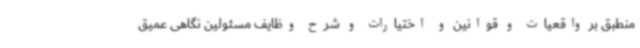
منطبق بر واقعیات و قوانین و اختیارات و شرح وظایف مسئولین نگاهی عمیق